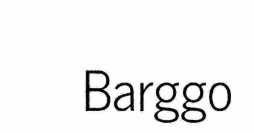
Barggo